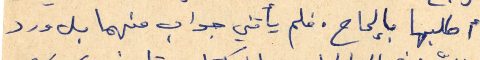
أطلبها بإلحاح. فلم يأتني جواب منهما بل ورد